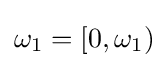
\omega _{1}=\left[0,\omega _{1}\right)